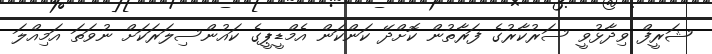
ޝަރީފް ވިދާޅުވީ ސަރުކާރުގެ ފަރާތުން ކޮށްދޭ ކަންކަން އެމްޑީޕީގެ ކައުންސިލަރަކަށް ނުވަތަ އަމިއްލަ